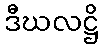
ဒီဃလဋ္ဌိ